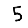
Digit: 5